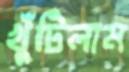
খুঁটিলাম